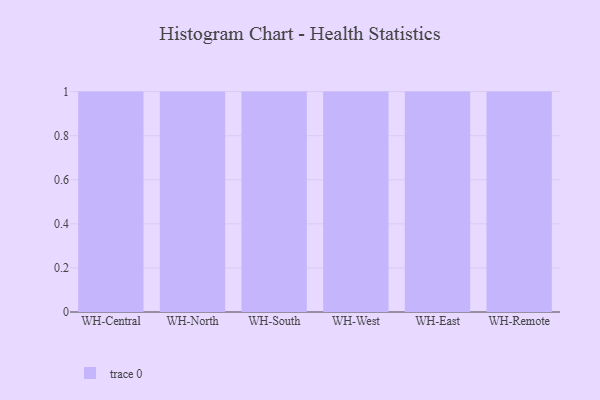
{"axis": {"x": "Warehouse", "y": "Website Visitors"}, "legend": [""], "data": [{"x": "WH-Central", "y": 39, "type": ""}, {"x": "WH-North", "y": 1, "type": ""}, {"x": "WH-South", "y": 96, "type": ""}, {"x": "WH-West", "y": 90, "type": ""}, {"x": "WH-East", "y": 24, "type": ""}, {"x": "WH-Remote", "y": 12, "type": ""}]}